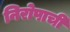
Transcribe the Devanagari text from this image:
निरोपाची